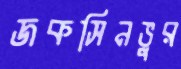
জকসিনভুর